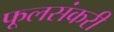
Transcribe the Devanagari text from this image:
फूलसंकरी